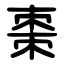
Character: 棗